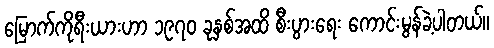
မြောက်ကိုရီးယားဟာ ၁၉၇၀ ခုနှစ်အထိ စီးပွားရေး ကောင်းမွန်ခဲ့ပါတယ်။